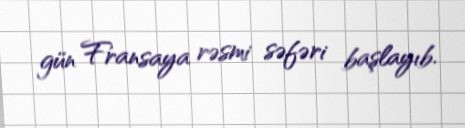
gün Fransaya rəsmi səfəri başlayıb.